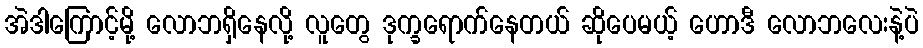
အဲဒါကြောင့်မို့ လောဘရှိနေလို့ လူတွေ ဒုက္ခရောက်နေတယ် ဆိုပေမယ့် ဟောဒီ လောဘလေးနဲ့ပဲ